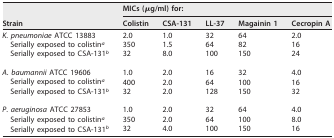
<table><thead><tr><td rowspan="2"><b>Strain</b></td><td colspan="5"><b>MICs (μg/ml) for:</b></td></tr><tr><td><b>Colistin</b></td><td><b>CSA-131</b></td><td><b>LL-37</b></td><td><b>Magainin 1</b></td><td><b>Cecropin A</b></td></tr></thead><tbody><tr><td>K. pneumoniae ATCC 13883</td><td>2.0</td><td>1.0</td><td>32</td><td>64</td><td>2.0</td></tr><tr><td>Serially exposed to colistin<sup><i>a</i></sup></td><td>350</td><td>1.5</td><td>64</td><td>82</td><td>16</td></tr><tr><td>Serially exposed to CSA-131<sup><i>b</i></sup></td><td>32</td><td>8.0</td><td>100</td><td>150</td><td>24</td></tr><tr><td>A. baumannii ATCC 19606</td><td>1.0</td><td>2.0</td><td>16</td><td>32</td><td>4.0</td></tr><tr><td>Serially exposed to colistin<sup><i>a</i></sup></td><td>400</td><td>2.0</td><td>64</td><td>100</td><td>16</td></tr><tr><td>Serially exposed to CSA-131<sup><i>b</i></sup></td><td>32</td><td>2.0</td><td>128</td><td>150</td><td>32</td></tr><tr><td>P. aeruginosa ATCC 27853</td><td>1.0</td><td>2.0</td><td>32</td><td>64</td><td>4.0</td></tr><tr><td>Serially exposed to colistin<sup><i>a</i></sup></td><td>350</td><td>2.0</td><td>64</td><td>100</td><td>8.0</td></tr><tr><td>Serially exposed to CSA-131<sup><i>b</i></sup></td><td>32</td><td>4.0</td><td>100</td><td>150</td><td>16</td></tr></tbody></table>